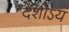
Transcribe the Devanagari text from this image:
देशोऽयं